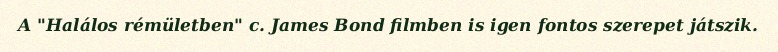
A "Halálos rémületben" c. James Bond filmben is igen fontos szerepet játszik.